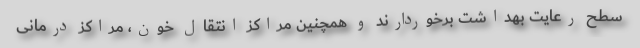
سطح رعایت بهداشت برخوردارند و همچنین مراکز انتقال خون، مراکز درمانی